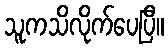
သူကသိလိုက်ပေပြီ။